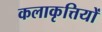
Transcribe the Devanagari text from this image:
कलाकृत्तियों